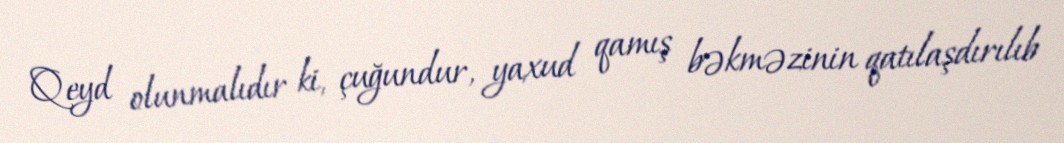
Qeyd olunmalıdır ki, çuğundur, yaxud qamış bəkməzinin qatılaşdırılıb